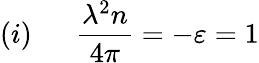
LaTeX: (i)\: \: \: \: \: \: \: {\frac{\lambda^{2}n}{4\pi}}=-\varepsilon=1